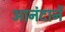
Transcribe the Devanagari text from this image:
आनंदानें